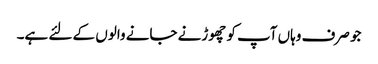
جو صرف وہاں آپ کو چھوڑنے جانے والوں کے لئے ہے۔